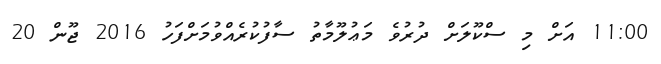
11:00 އަށް މި ސްކޫލަށް ދުރުވެ މަޢުލޫމާތު ސާފުކުރެއްވުމަށްފަހު 2016 ޖޫން 20